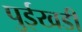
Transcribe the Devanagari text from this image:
पुईखडी